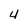
Character: 4